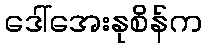
ဒေါ်အေးနုစိန်က